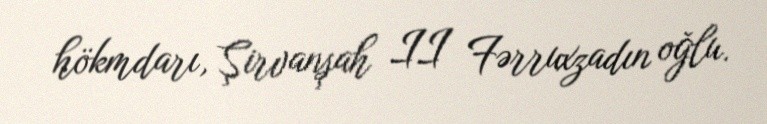
hökmdarı, Şirvanşah II Fərruxzadın oğlu.